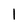
Character: 1